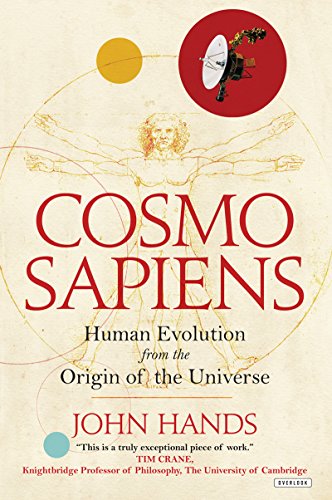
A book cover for Cosmosapiens: Human Evolution from the Origin of the Universe; John Hands; Science & Math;